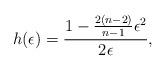
LaTeX: \begin{align*}h(\epsilon)=\frac{1-\frac{2(n-2)}{n-1}\epsilon^2}{2\epsilon},\end{align*}